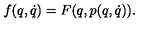
f ( q , \dot { q } ) = F ( q , p ( q , \dot { q } ) ) .